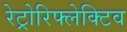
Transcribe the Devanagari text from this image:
रेट्रोरिफ्लेक्टिव